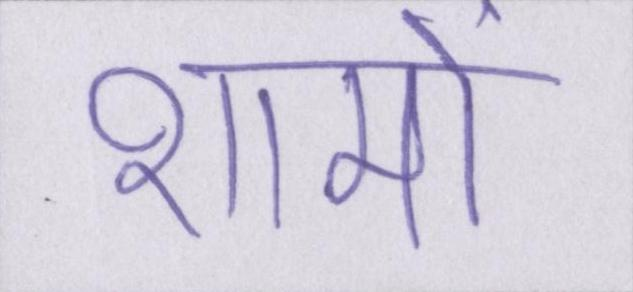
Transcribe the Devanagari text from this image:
शामों